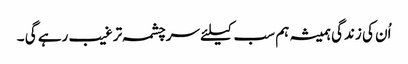
اُن کی زندگی ہمیشہ ہم سب کیلئے سرچشمہ ترغیب رہے گی ۔